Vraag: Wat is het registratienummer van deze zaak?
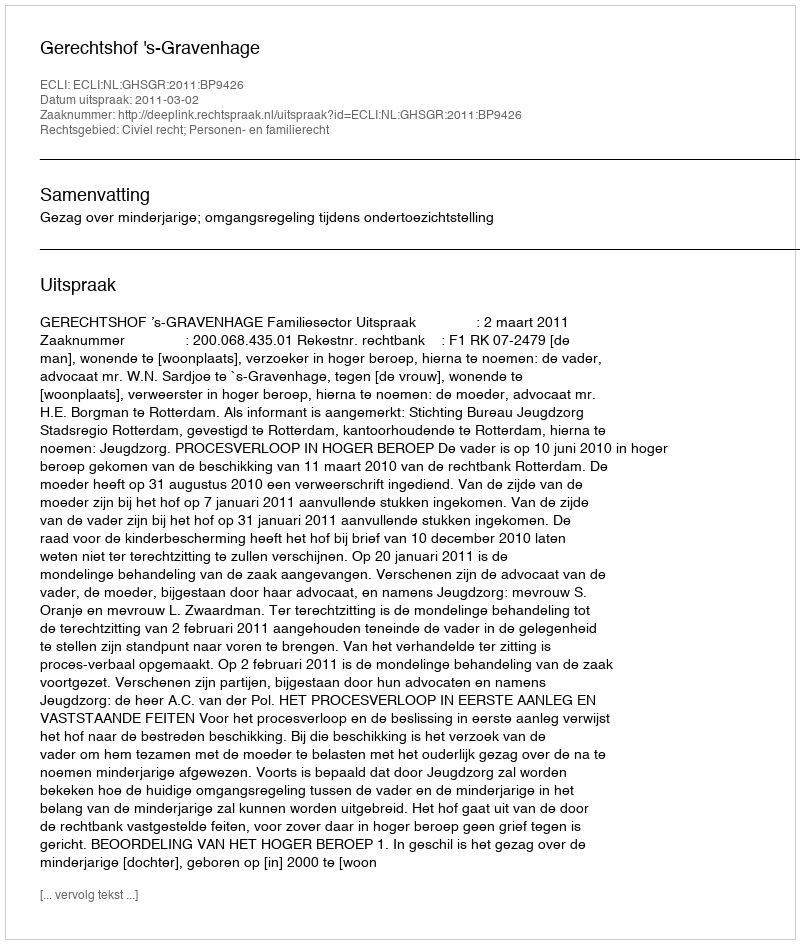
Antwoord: http://deeplink.rechtspraak.nl/uitspraak?id=ECLI:NL:GHSGR:2011:BP9426